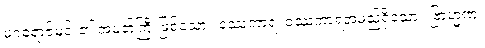
မဂဓရာဇ်မင်း၏ အမတ်ကြီးဖြစ်သော။ ဝဿကာရံ၊ ဝဿကာရအမည်ရှိသော။ ဗြာဟ္မဏံ၊